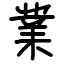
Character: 業